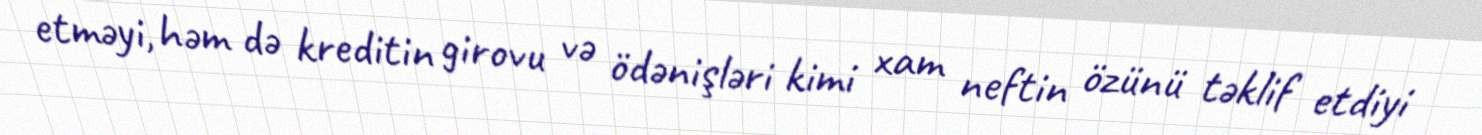
etməyi, həm də kreditin girovu və ödənişləri kimi xam neftin özünü təklif etdiyi